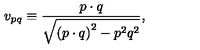
v _ { p q } \equiv \frac { p \cdot q } { \sqrt { \left( p \cdot q \right) ^ { 2 } - p ^ { 2 } q ^ { 2 } } } ,